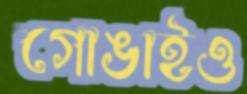
গোঙাইও